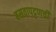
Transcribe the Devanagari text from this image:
बसवापट्टणची